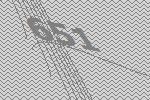
651